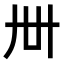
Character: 𬻂